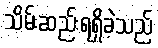
သိမ်းဆည်းရရှိခဲ့သည်